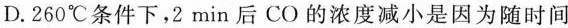
D.260^{\circ}C条件下，2min后CO的浓度减小是因为随时间